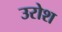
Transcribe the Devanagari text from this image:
उरोश